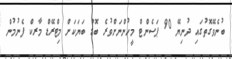
ބުނެވޭގޮތުގައި ދުނިޔޭ 90 ޕަސެންޓް މީހުންނަށްވުރެ ބޮޑު ބަޔަކަށް މިޓްރޭޑް މާރކް ފެނުމުން